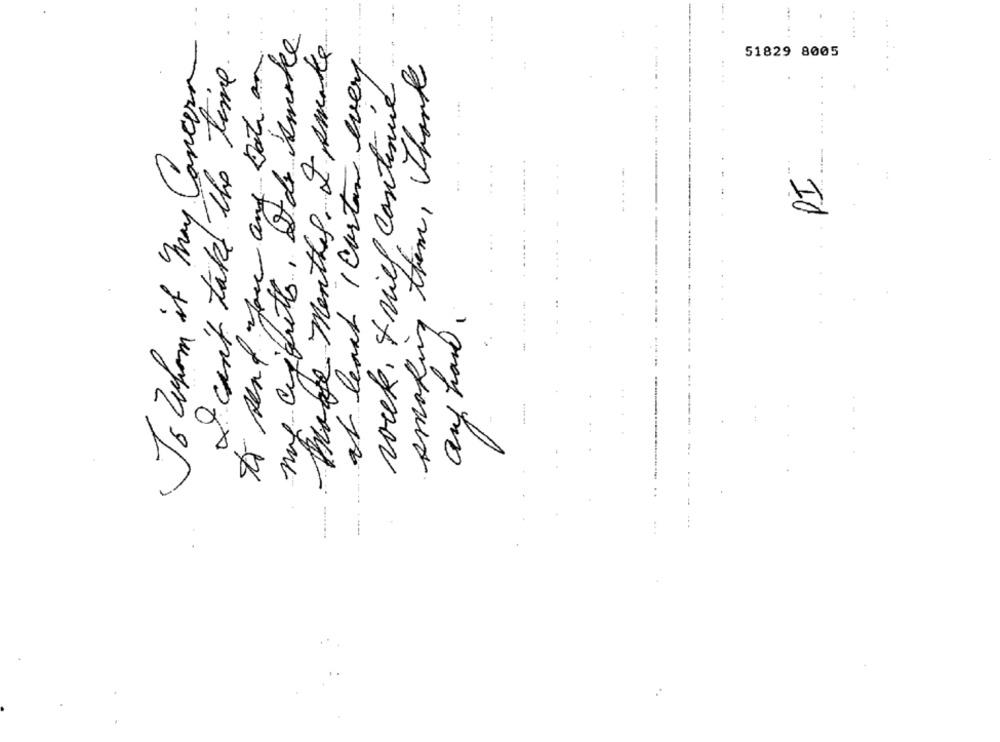
my cupputts, at de smoke
Mogge months. & smake
To Whom it May Concern
at least I carton every
51829 8005
I can't take the time
& you and Date an
smoking them, thank
rock, & miel continue
..
...
--
auf han,
to send;